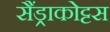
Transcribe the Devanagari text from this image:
सैंड्राकोट्टस